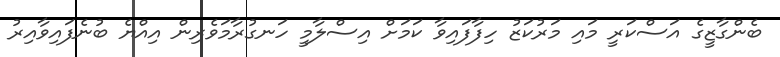
ބެންގާޒީގެ އަސްކަރީ މައި މަރުކަޒު ހިފާފައިވާ ކަމަށް އިސްލާމީ ހަނގުރާމަވެރިން އިއްޔެ ބުނެފައިވާއިރު